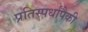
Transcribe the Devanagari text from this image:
प्रतिस्पर्धांपैकी